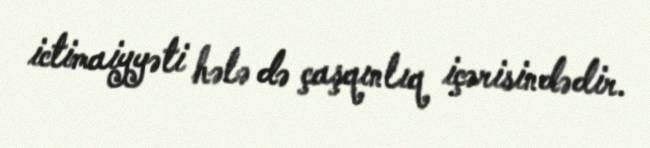
ictimaiyyəti hələ də çaşqınlıq içərisindədir.